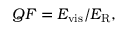
\begin{array} { r } { Q F = E _ { \mathrm { v i s } } / E _ { \mathrm { R } } , } \end{array}